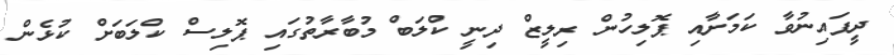
ދީފައިނުވާ ކަމަށާއި ޕޮލިހުން ރިލީޒް ދިނީ ކްލަބް މުބާރާތުގައި ޕޮލިސް ކްލަބަށް ކުޅެން